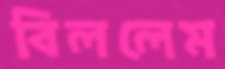
বিললেম